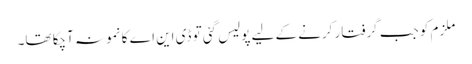
ملزم کو جب گرفتار کرنے کے لیے پولیس گئی تو ڈی این اے کا نمونہ آچکا تھا۔